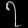
Digit: ၇